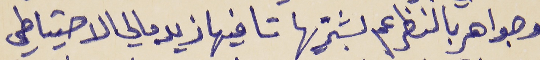
وجواهر بالنظر عم بشتريها      تا فيها زيد مالي الاحتياطي